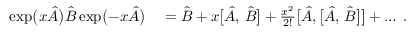
\begin{array} { r l } { \exp \bigl ( x \hat { A } \bigr ) \hat { B } \exp \bigl ( - x \hat { A } \bigr ) } & { { } = \hat { B } + x \bigl [ \hat { A } , \, \hat { B } \bigr ] + \frac { x ^ { 2 } } { 2 ! } \bigl [ \hat { A } , \bigl [ \hat { A } , \, \hat { B } \bigr ] \bigr ] + \ldots \; . } \end{array}